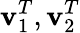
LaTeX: \mathbf{v}_{1}^{T},\mathbf{v}_{2}^{T}